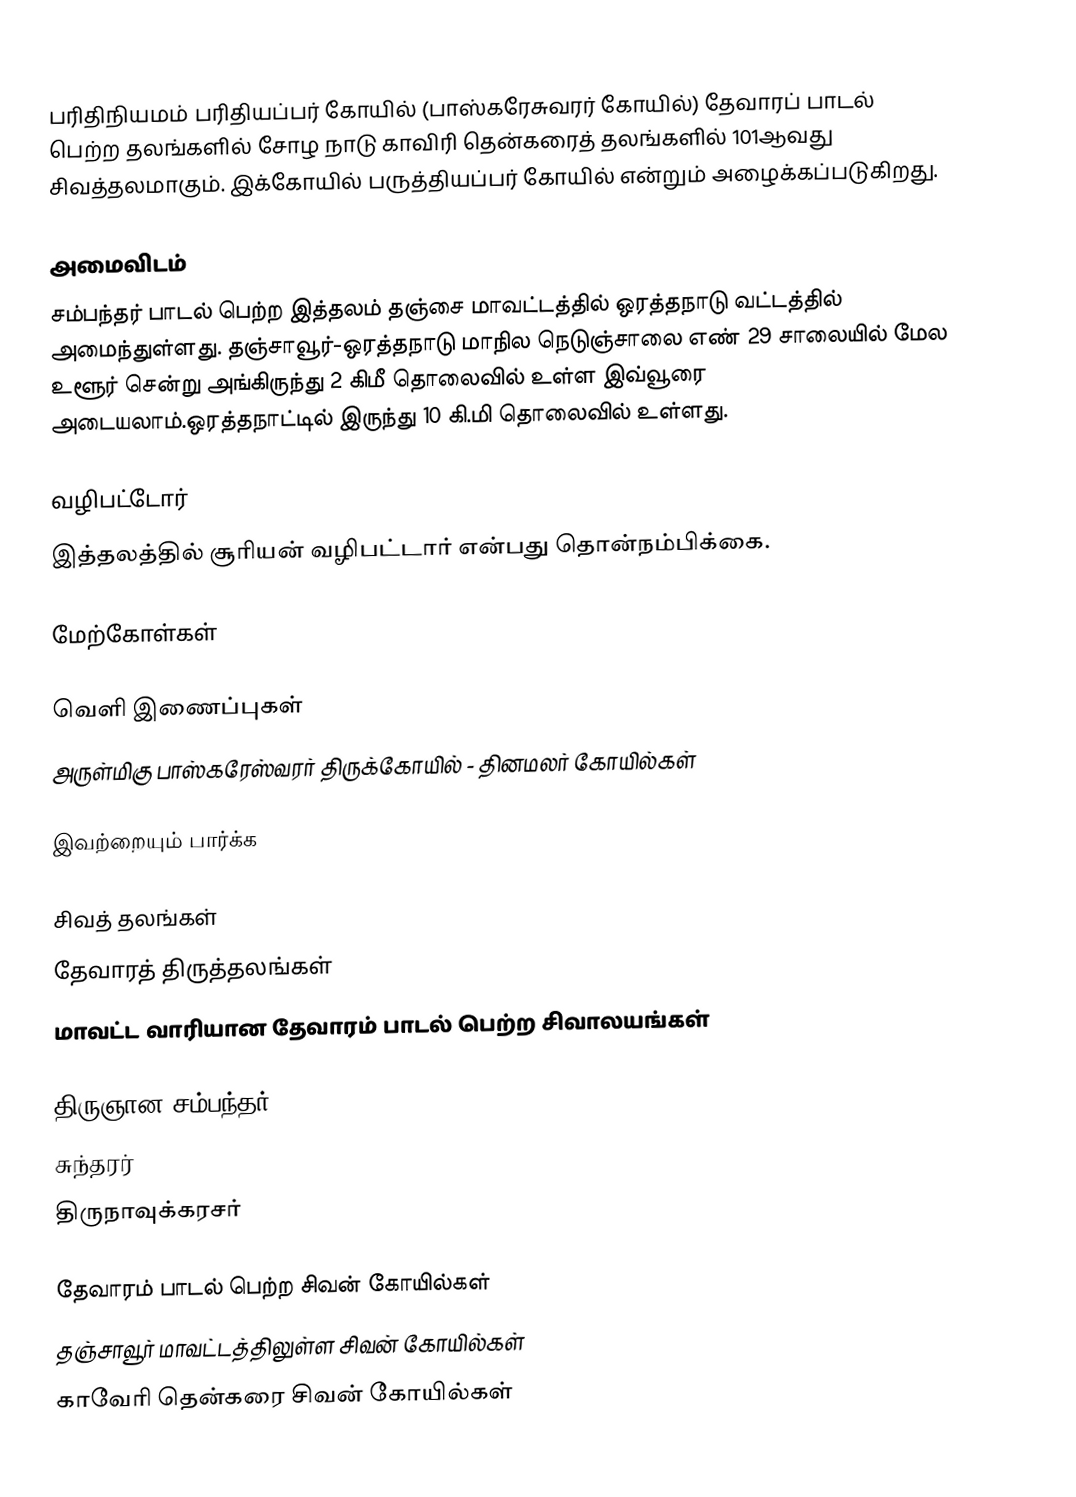
பரிதிநியமம் பரிதியப்பர் கோயில் (பாஸ்கரேசுவரர் கோயில்) தேவாரப் பாடல் பெற்ற தலங்களில்  சோழ நாடு காவிரி தென்கரைத் தலங்களில்  101ஆவது சிவத்தலமாகும். இக்கோயில் பருத்தியப்பர் கோயில் என்றும் அழைக்கப்படுகிறது.

அமைவிடம்
சம்பந்தர் பாடல் பெற்ற இத்தலம் தஞ்சை மாவட்டத்தில் ஒரத்தநாடு வட்டத்தில்  அமைந்துள்ளது.  தஞ்சாவூர்-ஒரத்தநாடு மாநில நெடுஞ்சாலை எண் 29 சாலையில்  மேல உளூர் சென்று அங்கிருந்து 2 கிமீ தொலைவில் உள்ள இவ்வூரை அடையலாம்.ஒரத்தநாட்டில் இருந்து 10 கி.மி தொலைவில் உள்ளது.

வழிபட்டோர்
இத்தலத்தில் சூரியன் வழிபட்டார் என்பது தொன்நம்பிக்கை.

மேற்கோள்கள்

வெளி இணைப்புகள்
அருள்மிகு பாஸ்கரேஸ்வரர் திருக்கோயில் - தினமலர் கோயில்கள்

இவற்றையும் பார்க்க

 சிவத் தலங்கள்
 தேவாரத் திருத்தலங்கள்
 மாவட்ட வாரியான தேவாரம் பாடல் பெற்ற சிவாலயங்கள்

 திருஞான சம்பந்தர்
 சுந்தரர்
 திருநாவுக்கரசர்

தேவாரம் பாடல் பெற்ற சிவன் கோயில்கள்
தஞ்சாவூர் மாவட்டத்திலுள்ள சிவன் கோயில்கள்
காவேரி தென்கரை சிவன் கோயில்கள்